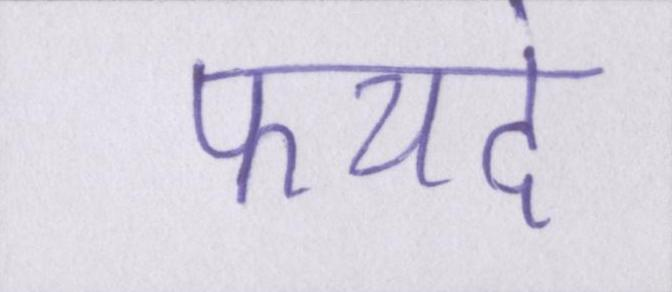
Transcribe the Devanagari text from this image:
फयदे